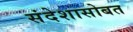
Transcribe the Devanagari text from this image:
संदेशासोबत